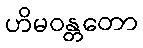
ဟိမဝန္တတော